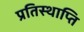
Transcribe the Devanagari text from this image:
प्रतिस्थाप्ति